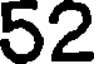
52